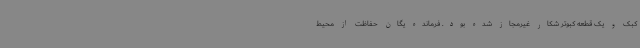
کبک و یک قطعه کبوتر شکار غیرمجاز شده بود. فرمانده یگان حفاظت از محیط